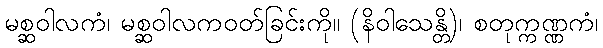
မစ္ဆဝါလကံ၊ မစ္ဆဝါလကဝတ်ခြင်းကို။ (နိဝါသေန္တိ)၊ စတုက္ကဏ္ဏကံ၊